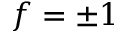
f = \pm 1